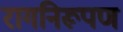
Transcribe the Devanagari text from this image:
रागनिरूपण